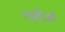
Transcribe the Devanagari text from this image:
गलीआं